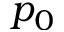
p _ { 0 }